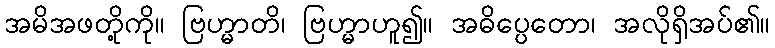
အမိအဖတို့ကို။ ဗြဟ္မာတိ၊ ဗြဟ္မာဟူ၍။ အဓိပ္ပေတော၊ အလိုရှိအပ်၏။